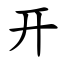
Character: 开